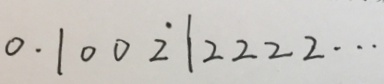
0 . 1 0 0 \dot { 2 } 1 2 2 2 2 \cdots